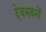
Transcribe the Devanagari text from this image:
देवभवनों